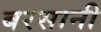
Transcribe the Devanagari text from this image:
बरसानी